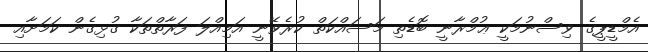
އެމްޑީޕީގެ ވިސްނުމަކީ ޢުމްރާނީ ބޮޑެތި މަސައްކަތް ކުރެވޭނީ އަމިއްލަ ފަރާތްތަކާ ގުޅިގެން ކަމަށާއި